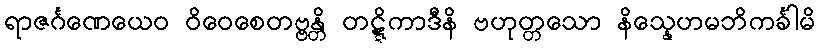
ရာဇင်္ဂဏေယေဝ ဝိဝေစေတဗ္ဗန္တိ တဋ္ဋိကာဒီနိ ဗဟုတ္တသော နိသ္နေဟမဘိကင်္ခါမိ